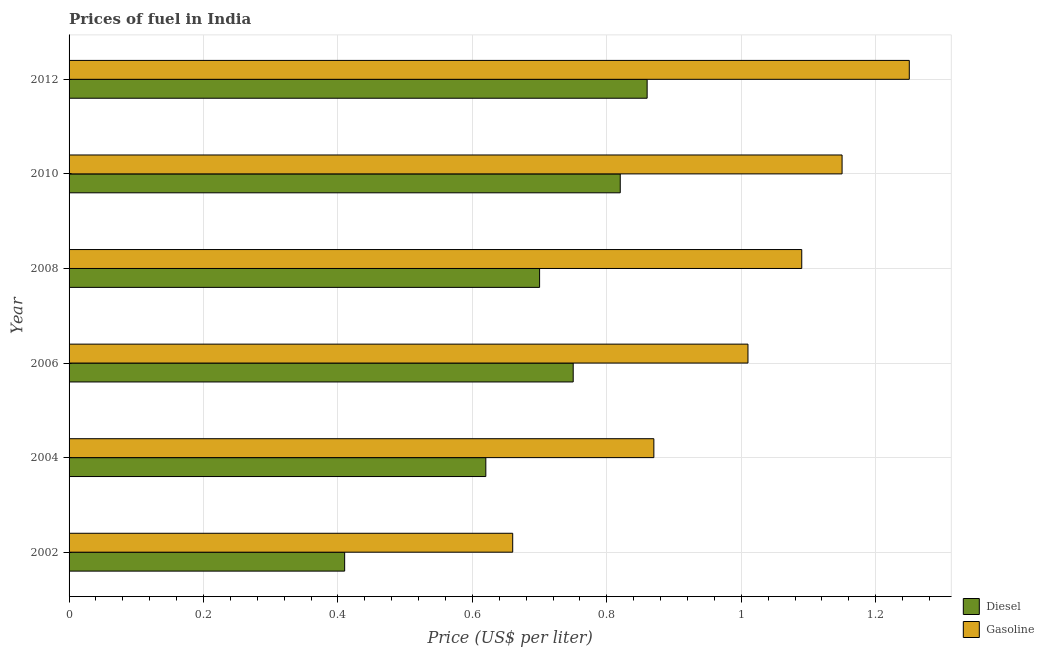
| Year | Diesel | Gasoline |
 | --- | --- | --- |
 | 2002 | 0.41 | 0.66 |
 | 2004 | 0.62 | 0.87 |
 | 2006 | 0.75 | 1.01 |
 | 2008 | 0.7 | 1.09 |
 | 2010 | 0.82 | 1.15 |
 | 2012 | 0.86 | 1.25 |